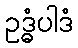
ဥဒ္ဓံပါဒံ